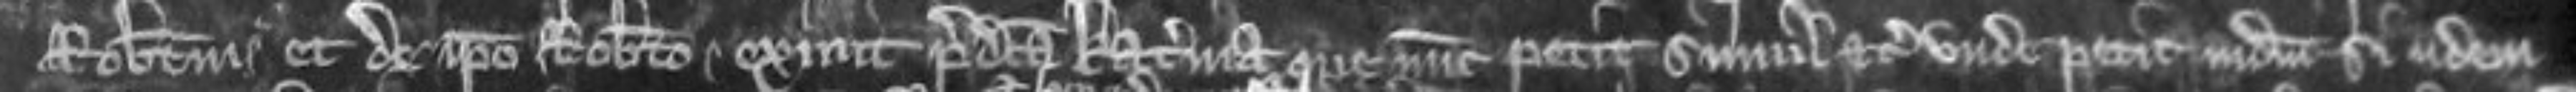
Robertum et de ipso Roberto exivit predicta Katerina que nunc petit simul etc Unde petit judicium si iidem